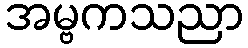
အမ္ဗကသညာ